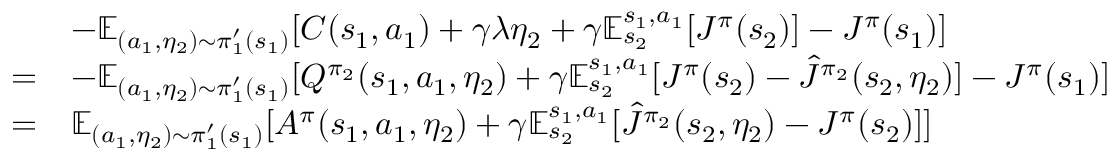
\begin{array} { r l } & { - \mathbb { E } _ { ( a _ { 1 } , \eta _ { 2 } ) \sim \pi _ { 1 } ^ { \prime } ( s _ { 1 } ) } [ C ( s _ { 1 } , a _ { 1 } ) + \gamma \lambda \eta _ { 2 } + \gamma \mathbb { E } _ { s _ { 2 } } ^ { s _ { 1 } , a _ { 1 } } [ J ^ { \pi } ( s _ { 2 } ) ] - J ^ { \pi } ( s _ { 1 } ) ] } \\ { = } & { - \mathbb { E } _ { ( a _ { 1 } , \eta _ { 2 } ) \sim \pi _ { 1 } ^ { \prime } ( s _ { 1 } ) } [ Q ^ { \pi _ { 2 } } ( s _ { 1 } , a _ { 1 } , \eta _ { 2 } ) + \gamma \mathbb { E } _ { s _ { 2 } } ^ { s _ { 1 } , a _ { 1 } } [ J ^ { \pi } ( s _ { 2 } ) - \hat { J } ^ { \pi _ { 2 } } ( s _ { 2 } , \eta _ { 2 } ) ] - J ^ { \pi } ( s _ { 1 } ) ] } \\ { = } & { \mathbb { E } _ { ( a _ { 1 } , \eta _ { 2 } ) \sim \pi _ { 1 } ^ { \prime } ( s _ { 1 } ) } [ A ^ { \pi } ( s _ { 1 } , a _ { 1 } , \eta _ { 2 } ) + \gamma \mathbb { E } _ { s _ { 2 } } ^ { s _ { 1 } , a _ { 1 } } [ \hat { J } ^ { \pi _ { 2 } } ( s _ { 2 } , \eta _ { 2 } ) - J ^ { \pi } ( s _ { 2 } ) ] ] } \end{array}